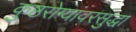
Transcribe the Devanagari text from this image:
कुष्ठरोग्यांवरसुद्धा